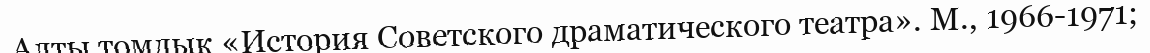
Алты томдық «История Советского драматического театра». М., 1966-1971;